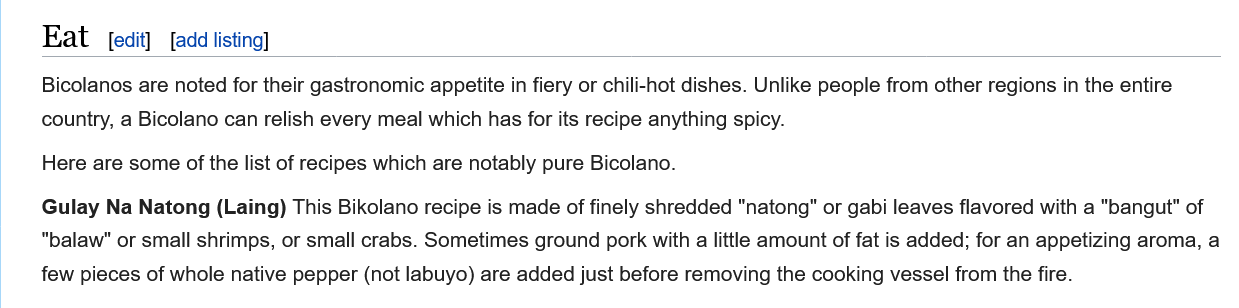
Eat   [edit] [add listing]
     Bicolanos are noted for their gastronomic appetite in fiery or chili-hot dishes. Unlike people from other regions in the entire
     country, a Bicolano can relish every meal which has for its recipe anything spicy.
     Gulay Na Natong (Laing) This Bikolano recipe is made of finely shredded "natong" or gabi leaves flavored with a "bangut" of
     "balaw" or small shrimps, or small crabs. Sometimes ground pork with a little amount of fat is added; for an appetizing aroma, a
     few pieces of whole native pepper (not labuyo) are added just before removing the cooking vessel from the fire.
     Here are some of the list of recipes which are notably pure Bicolano.